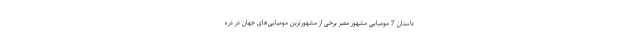
داستان 7 مومیایی مشهور مصر برخی از مشهورترین مومیایی‌های جهان در دره